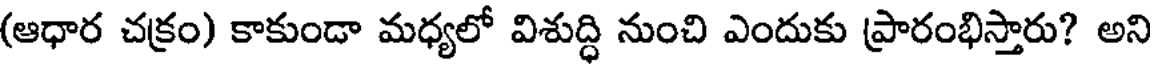
(ఆధార చక్రం) కాకుండా మధ్యలో విశుద్ధి నుంచి ఎందుకు ప్రారంభిస్తారు? అని